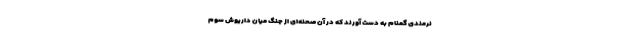
نرمندی گمنام به دست آورند که در آن صحنه‌ای از جنگ میان داریوش سوم